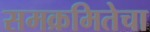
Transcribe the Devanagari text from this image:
समक्रमितेचा